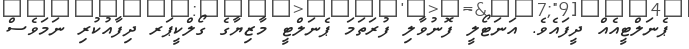
ޕެނަލްޓީއެއް ދީފައެވެ. އަނަޓޯލީ ފޮނުވާލި ފުރަތަމަ ޕެނަލްޓީ މާޒިޔާގެ ގޯލްކީޕަރ ދިފާއުކުރި ނަމަވެސް